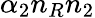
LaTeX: \alpha_{2}n_{R}n_{2}